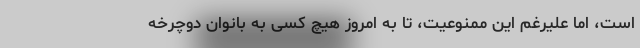
است، اما علیرغم این ممنوعیت، تا به امروز هیچ کسی به بانوان دوچرخه